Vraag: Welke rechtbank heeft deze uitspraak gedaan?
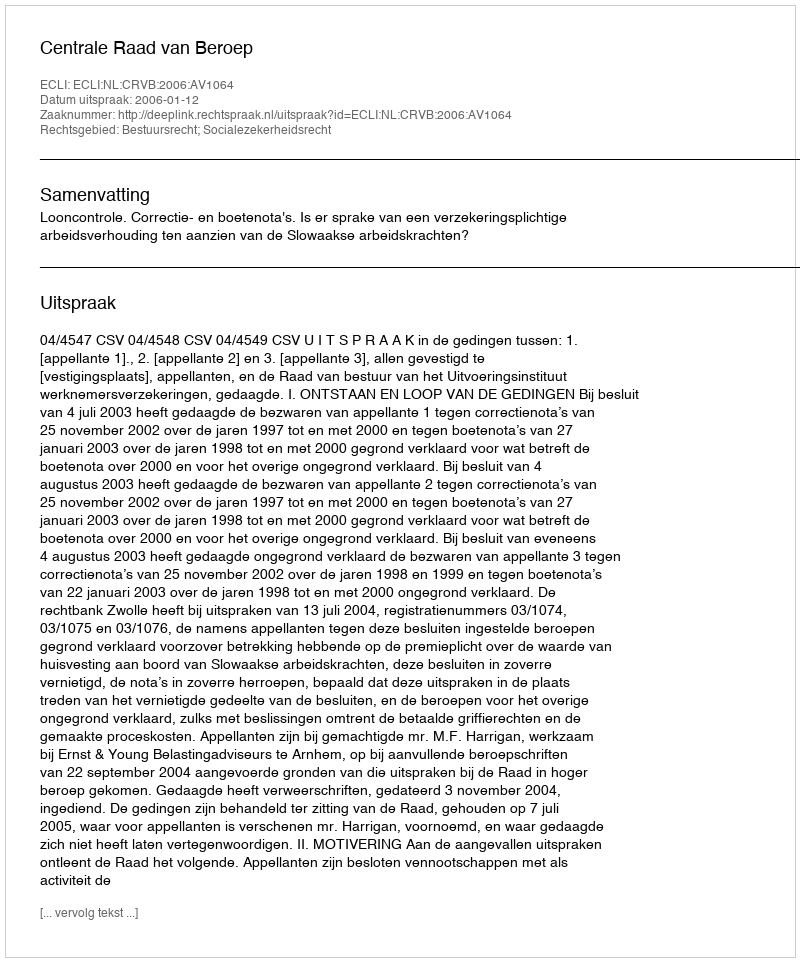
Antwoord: Centrale Raad van Beroep